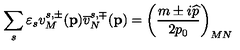
\sum _ { s } \varepsilon _ { s } v _ { M } ^ { s , \pm } ( \mathbf { p } ) \overline { { v } } _ { N } ^ { s , \mp } ( \mathbf { p } ) = \left( \frac { m \pm i \widehat { p } } { 2 p _ { 0 } } \right) _ { M N }